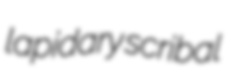
lapidary scribal